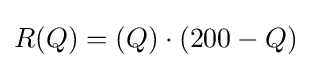
R(Q)=(Q)\cdot (200-Q)